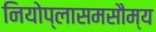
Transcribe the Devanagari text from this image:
नियोप्लासमसौम्य